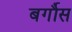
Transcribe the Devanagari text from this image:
बर्गौस